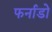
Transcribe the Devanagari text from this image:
फर्नाडो